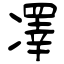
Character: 凙